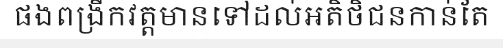
ផងពង្រីកវត្តមានទៅដល់អតិថិជនកាន់តែ